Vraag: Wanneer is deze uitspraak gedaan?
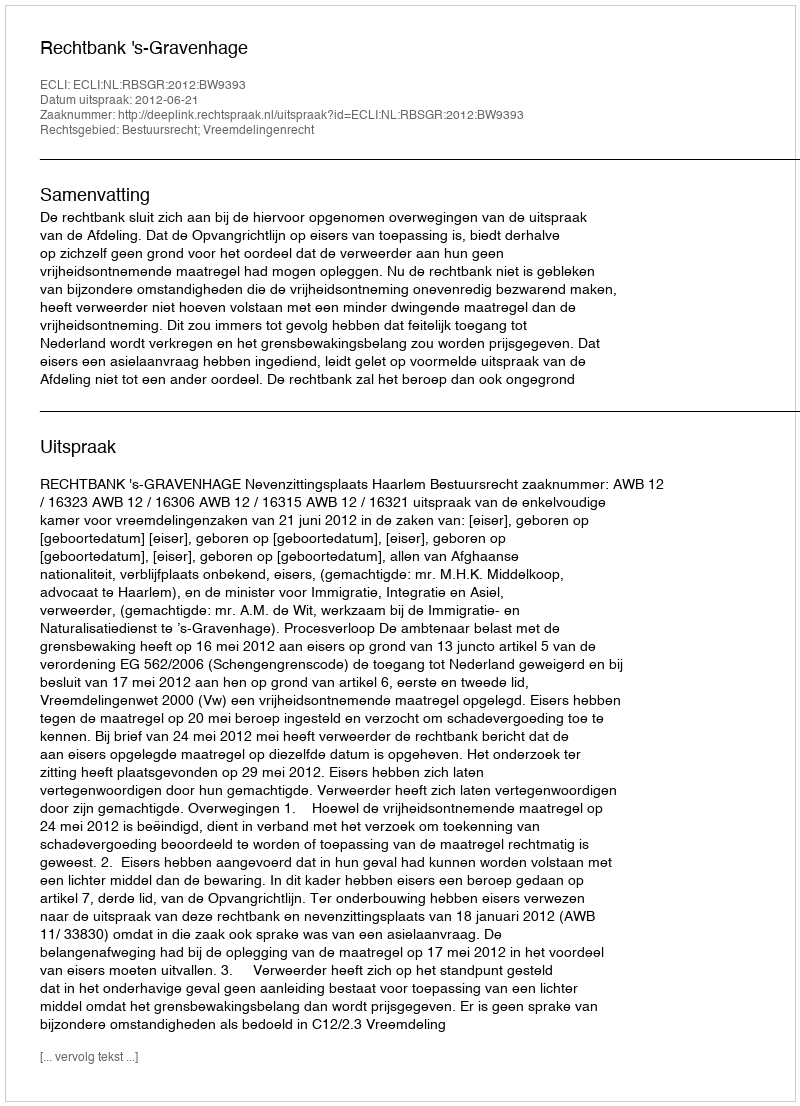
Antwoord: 2012-06-21